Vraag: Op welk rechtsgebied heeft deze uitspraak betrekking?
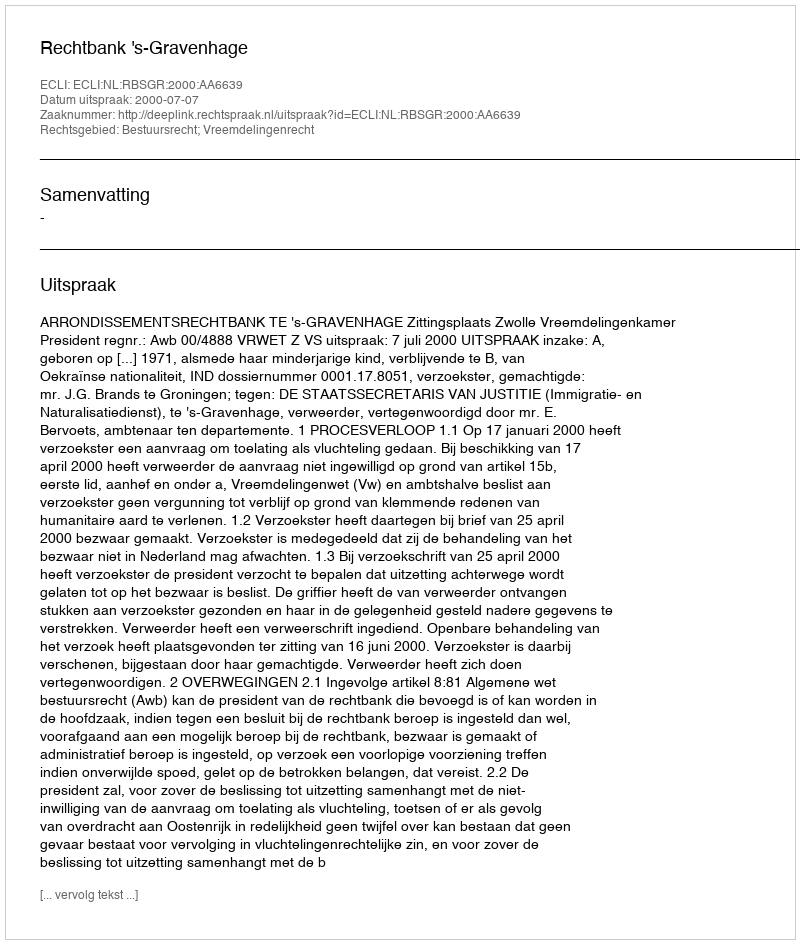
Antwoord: Bestuursrecht; Vreemdelingenrecht